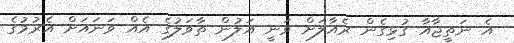
އެ ނަތީޖާއާ ގުޅިގެން ރެއާލަށް ވަނީ އަލުން ތާވަލުގެ އެއް ވަނައަށް އެރުމުގެ